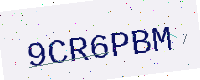
Text: 9CR6PBM